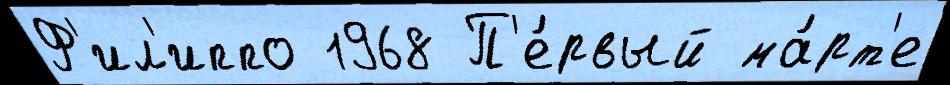
Ф'ил'иппо 1968 П'е́рвый ма́рт'е